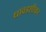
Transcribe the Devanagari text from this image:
धावडशीकर